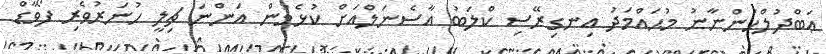
ޢަބްދުލްހަންނާނު މުޙައްމަދު އިނގިރޭސި ކްލަބު އާސެނަލްއަށް ކުޅެމުން އަންނަ ޗިލީ ހުނަރުވެރި ފޯވާޑް